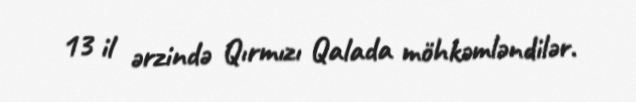
13 il ərzində Qırmızı Qalada möhkəmləndilər.